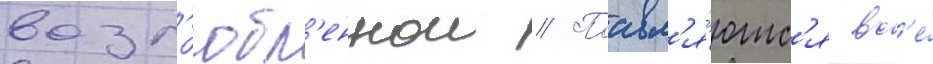
возл'юбл'еннои // Поавл'я́ютс'я вс'е́